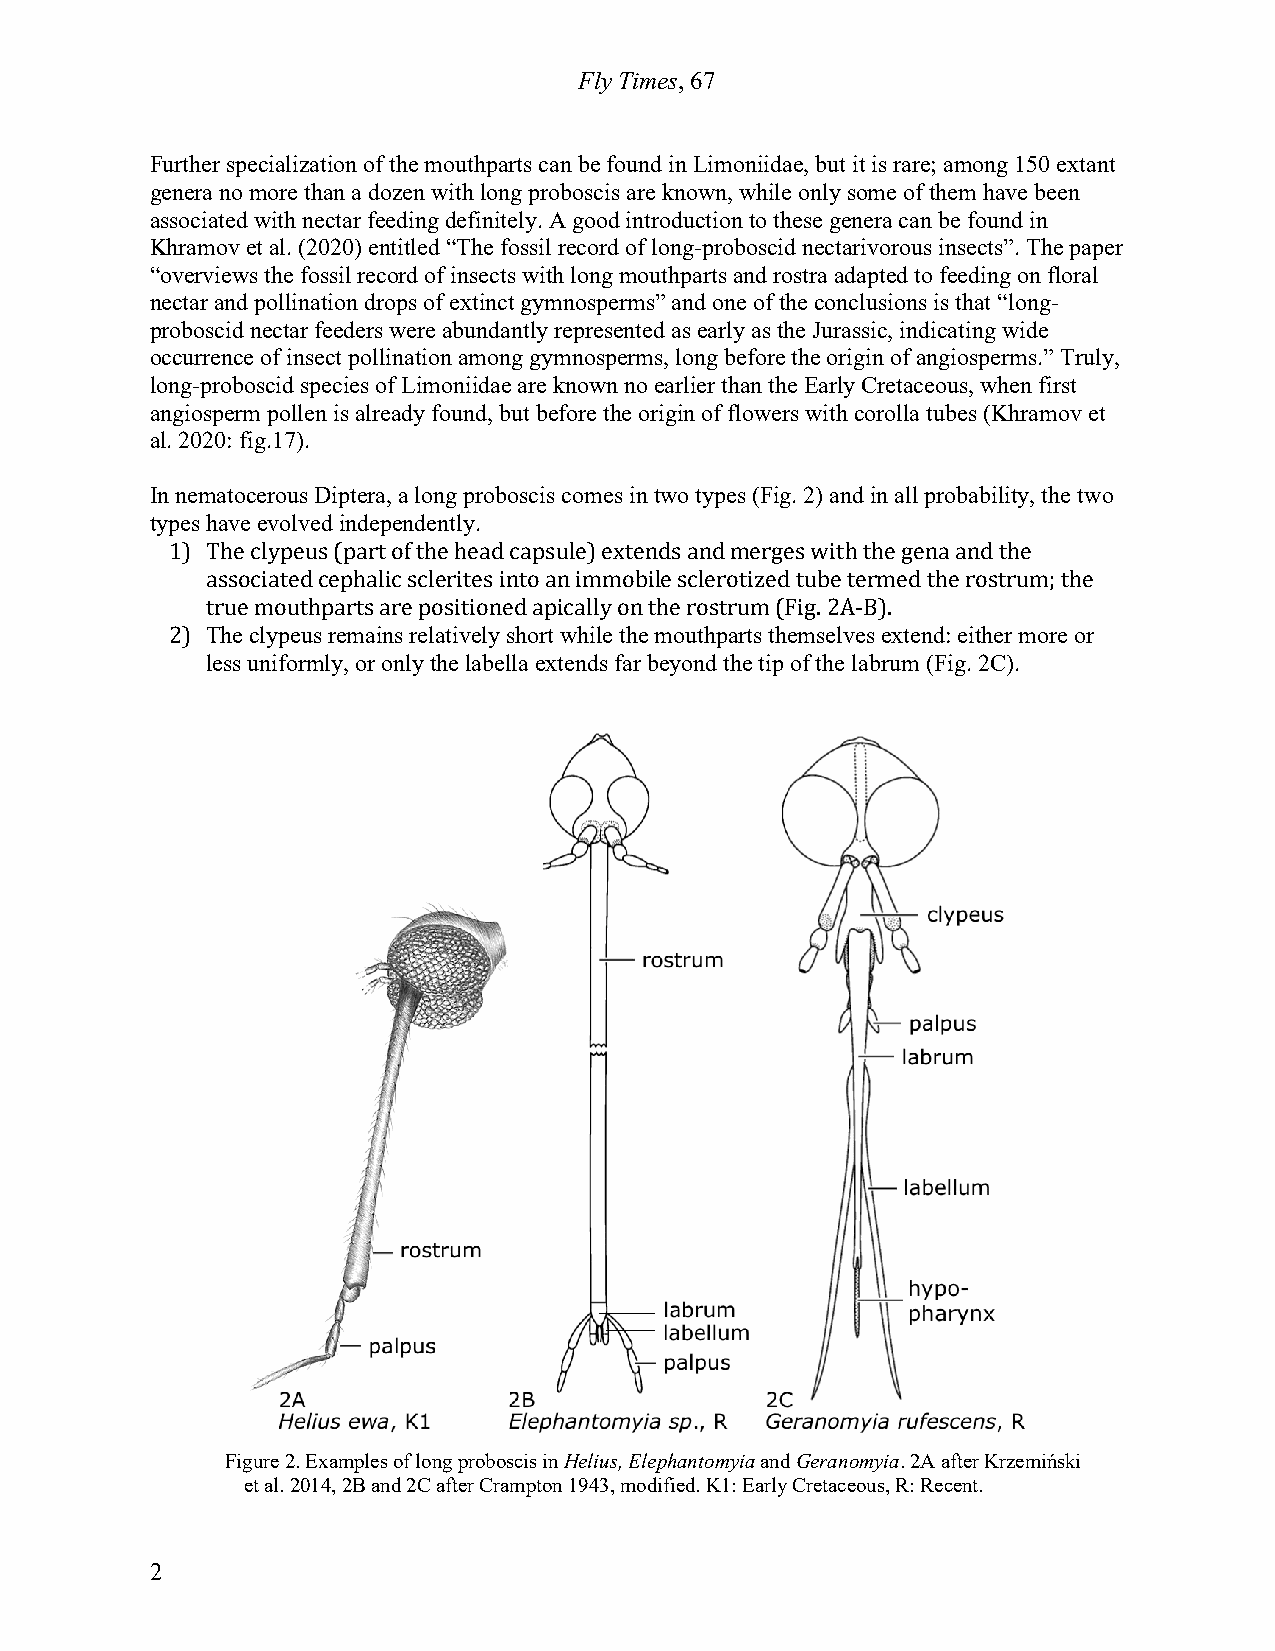
Fly Times, 67
 Further specialization of the mouthparts can be found in Limoniidae, but it is rare; among 150 extant
 genera no more than a dozen with long proboscis are known, while only some of them have been
 associated with nectar feeding definitely. A good introduction to these genera can be found in
 Khramov et al. (2020) entitled “The fossil record of long-proboscid nectarivorous insects”. The paper
 “overviews the fossil record of insects with long mouthparts and rostra adapted to feeding on floral
 nectar and pollination drops of extinct gymnosperms” and one of the conclusions is that “long-
 proboscid nectar feeders were abundantly represented as early as the Jurassic, indicating wide
 occurrence of insect pollination among gymnosperms, long before the origin of angiosperms.” Truly,
 long-proboscid species of Limoniidae are known no earlier than the Early Cretaceous, when first
 angiosperm pollen is already found, but before the origin of flowers with corolla tubes (Khramov et
 al. 2020: fig.17).
 In nematocerous Diptera, a long proboscis comes in two types (Fig. 2) and in all probability, the two
 types have evolved independently.
 1) The clypeus (part of the head capsule) extends and merges with the gena and the
 associated cephalic sclerites into an immobile sclerotized tube termed the rostrum; the
 true mouthparts are positioned apically on the rostrum (Fig. 2A-B).
 2) The clypeus remains relatively short while the mouthparts themselves extend: either more or
 less uniformly, or only the labella extends far beyond the tip of the labrum (Fig. 2C).
 Figure 2. Examples of long proboscis in Helius, Elephantomyia and Geranomyia. 2A after Krzemiński
 et al. 2014, 2B and 2C after Crampton 1943, modified. K1: Early Cretaceous, R: Recent.
 2